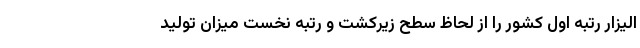
الیزار رتبه اول کشور را از لحاظ سطح زیرکشت و رتبه نخست میزان تولید